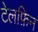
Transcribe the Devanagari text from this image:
टेलफ़िन